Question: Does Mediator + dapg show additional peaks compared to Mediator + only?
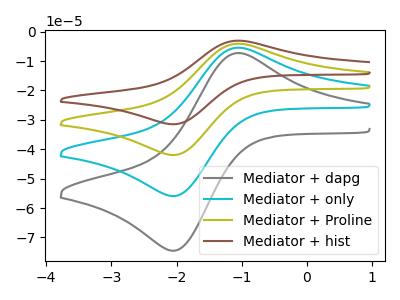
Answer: <think>The gray curve "Mediator + dapg" has an anodic peak at (-1.05V, -7.30uA) and a cathodic peak at (-2.05V, -74.50uA). The cyan curve "Mediator + only" has an anodic peak at (-1.05V, -5.45uA) and a cathodic peak at (-2.05V, -55.95uA). The olive curve "Mediator + Proline" has an anodic peak at (-1.05V, -10.95uA) and a cathodic peak at (-2.05V, -111.85uA). The brown curve "Mediator + hist" has an anodic peak at (-1.05V, -16.40uA) and a cathodic peak at (-2.05V, -167.80uA).
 All the peaks in "Mediator + dapg" have a peak in "Mediator + only" at the same potential.</think>
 <answer>No, "Mediator + dapg" and "Mediator + only" don't appear to be significantly different in shape</answer>
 <eval>no_change</eval>